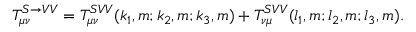
T _ { \mu \nu } ^ { S \rightarrow V V } = T _ { \mu \nu } ^ { S V V } ( k _ { 1 } , m ; k _ { 2 } , m ; k _ { 3 } , m ) + T _ { \nu \mu } ^ { S V V } ( l _ { 1 } , m ; l _ { 2 } , m ; l _ { 3 } , m ) .